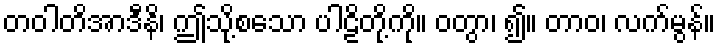
တဝါတိအာဒီနိ၊ ဤသို့စသော ပါဠိတို့ကို။ ဝတွာ၊ ၍။ တာဝ၊ လက်မွန်။